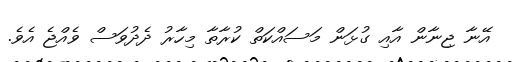
އޭނާ ޖިނާން އާއި ގުޅަން މަސައްކަތް ކުރާތާ މިހާރު ދެދުވަސް ވެއްޖެ އެވެ.